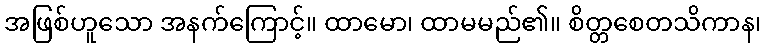
အဖြစ်ဟူသော အနက်ကြောင့်။ ထာမော၊ ထာမမည်၏။ စိတ္တစေတသိကာန၊